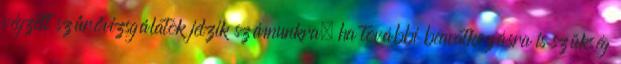
végzett szűrővizsgálatok jelzik számunkra, ha további beavatkozásra is szükség